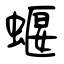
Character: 蝘